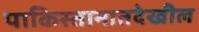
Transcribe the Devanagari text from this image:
पाकिस्तानातदेखील